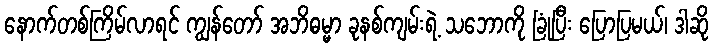
နောက်တစ်ကြိမ်လာရင် ကျွန်တော် အဘိဓမ္မာ ခုနစ်ကျမ်းရဲ့ သဘောကို ခြုံပြီး ပြောပြမယ်၊ ဒါဆို